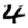
Digit: 4